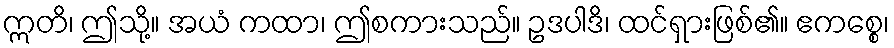
ဣတိ၊ ဤသို့။ အယံ ကထာ၊ ဤစကားသည်။ ဥဒပါဒိ၊ ထင်ရှားဖြစ်၏။ ဧကစ္စေ၊